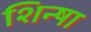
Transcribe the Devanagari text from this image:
शिन्षा